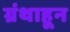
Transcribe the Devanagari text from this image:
ग्रंथाहून